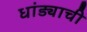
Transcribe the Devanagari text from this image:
धांड्याची